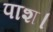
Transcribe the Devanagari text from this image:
पाश।